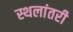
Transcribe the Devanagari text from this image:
स्थलांतरी